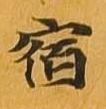
宿